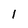
Character: 1